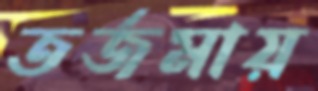
তর্জমায়